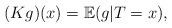
LaTeX: \begin{align*}(Kg)(x)={\mathbb E}(g|T=x),\end{align*}